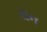
રાન